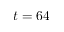
t = 6 4